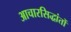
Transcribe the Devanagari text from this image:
आचारसिद्धांतों